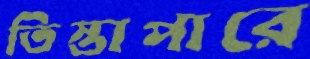
তিস্তাপারে